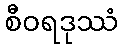
စီဝရဒုဿံ